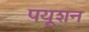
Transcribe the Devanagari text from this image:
पयूशन